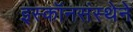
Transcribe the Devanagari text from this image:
इस्कॉनसंस्थेने